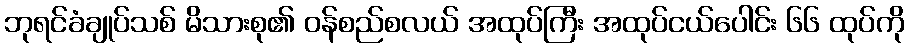
ဘုရင်ခံချုပ်သစ် မိသားစု၏ ဝန်စည်စလယ် အထုပ်ကြီး အထုပ်ငယ်ပေါင်း ၆၆ ထုပ်ကို